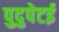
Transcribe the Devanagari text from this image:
पुदुपेटई